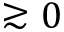
\gtrsim 0